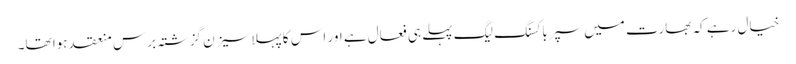
خیال رہے کہ بھارت میں سپرباکسنگ لیگ پہلے ہی فعال ہے اور اس کا پہلا سیزن گزشتہ برس منعقد ہوا تھا۔